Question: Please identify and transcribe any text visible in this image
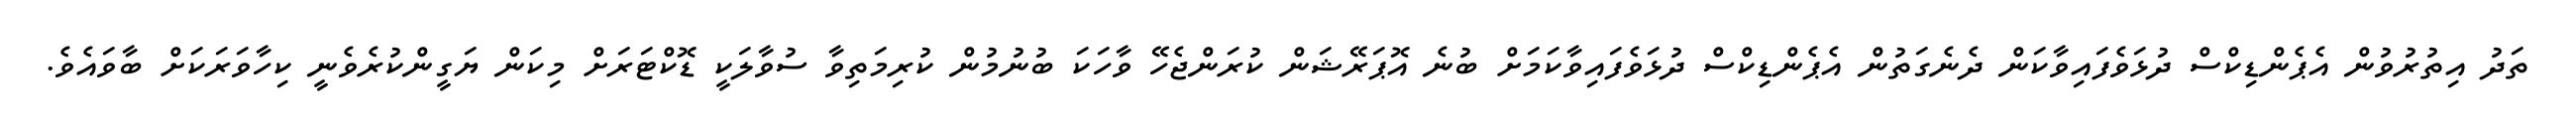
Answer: ތަދު އިތުރުވުން އެޕެންޑިކްސް ދުޅަވެފައިވާކަން ދެނެގަތުން އެޕެންޑިކްސް ދުޅަވެފައިވާކަމަށް ބުނެ އޮޕަރޭޝަން ކުރަންޖެހޭ ވާހަކަ ބުނުމުން ކުރިމަތިވާ ސުވާލަކީ ޑޮކްޓަރަށް މިކަން ޔަގީންކުރެވެނީ ކިހާވަރަކަށް ބާވައެވެ.